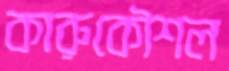
কারুকৌশল